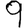
Digit: 9